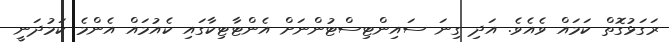
ރަގަޅުގޮތް ކަމައް ވެއެވެ. އަދި ގިނަ ސައިންޓިސްޓުންނަށް އެންޓާޓިކާގައި ކެއުމައް އެންމެ ކަމުދަނީ